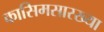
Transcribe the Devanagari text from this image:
कासिमसारख्या